Peeter_Aleksander_Speek, lk 16
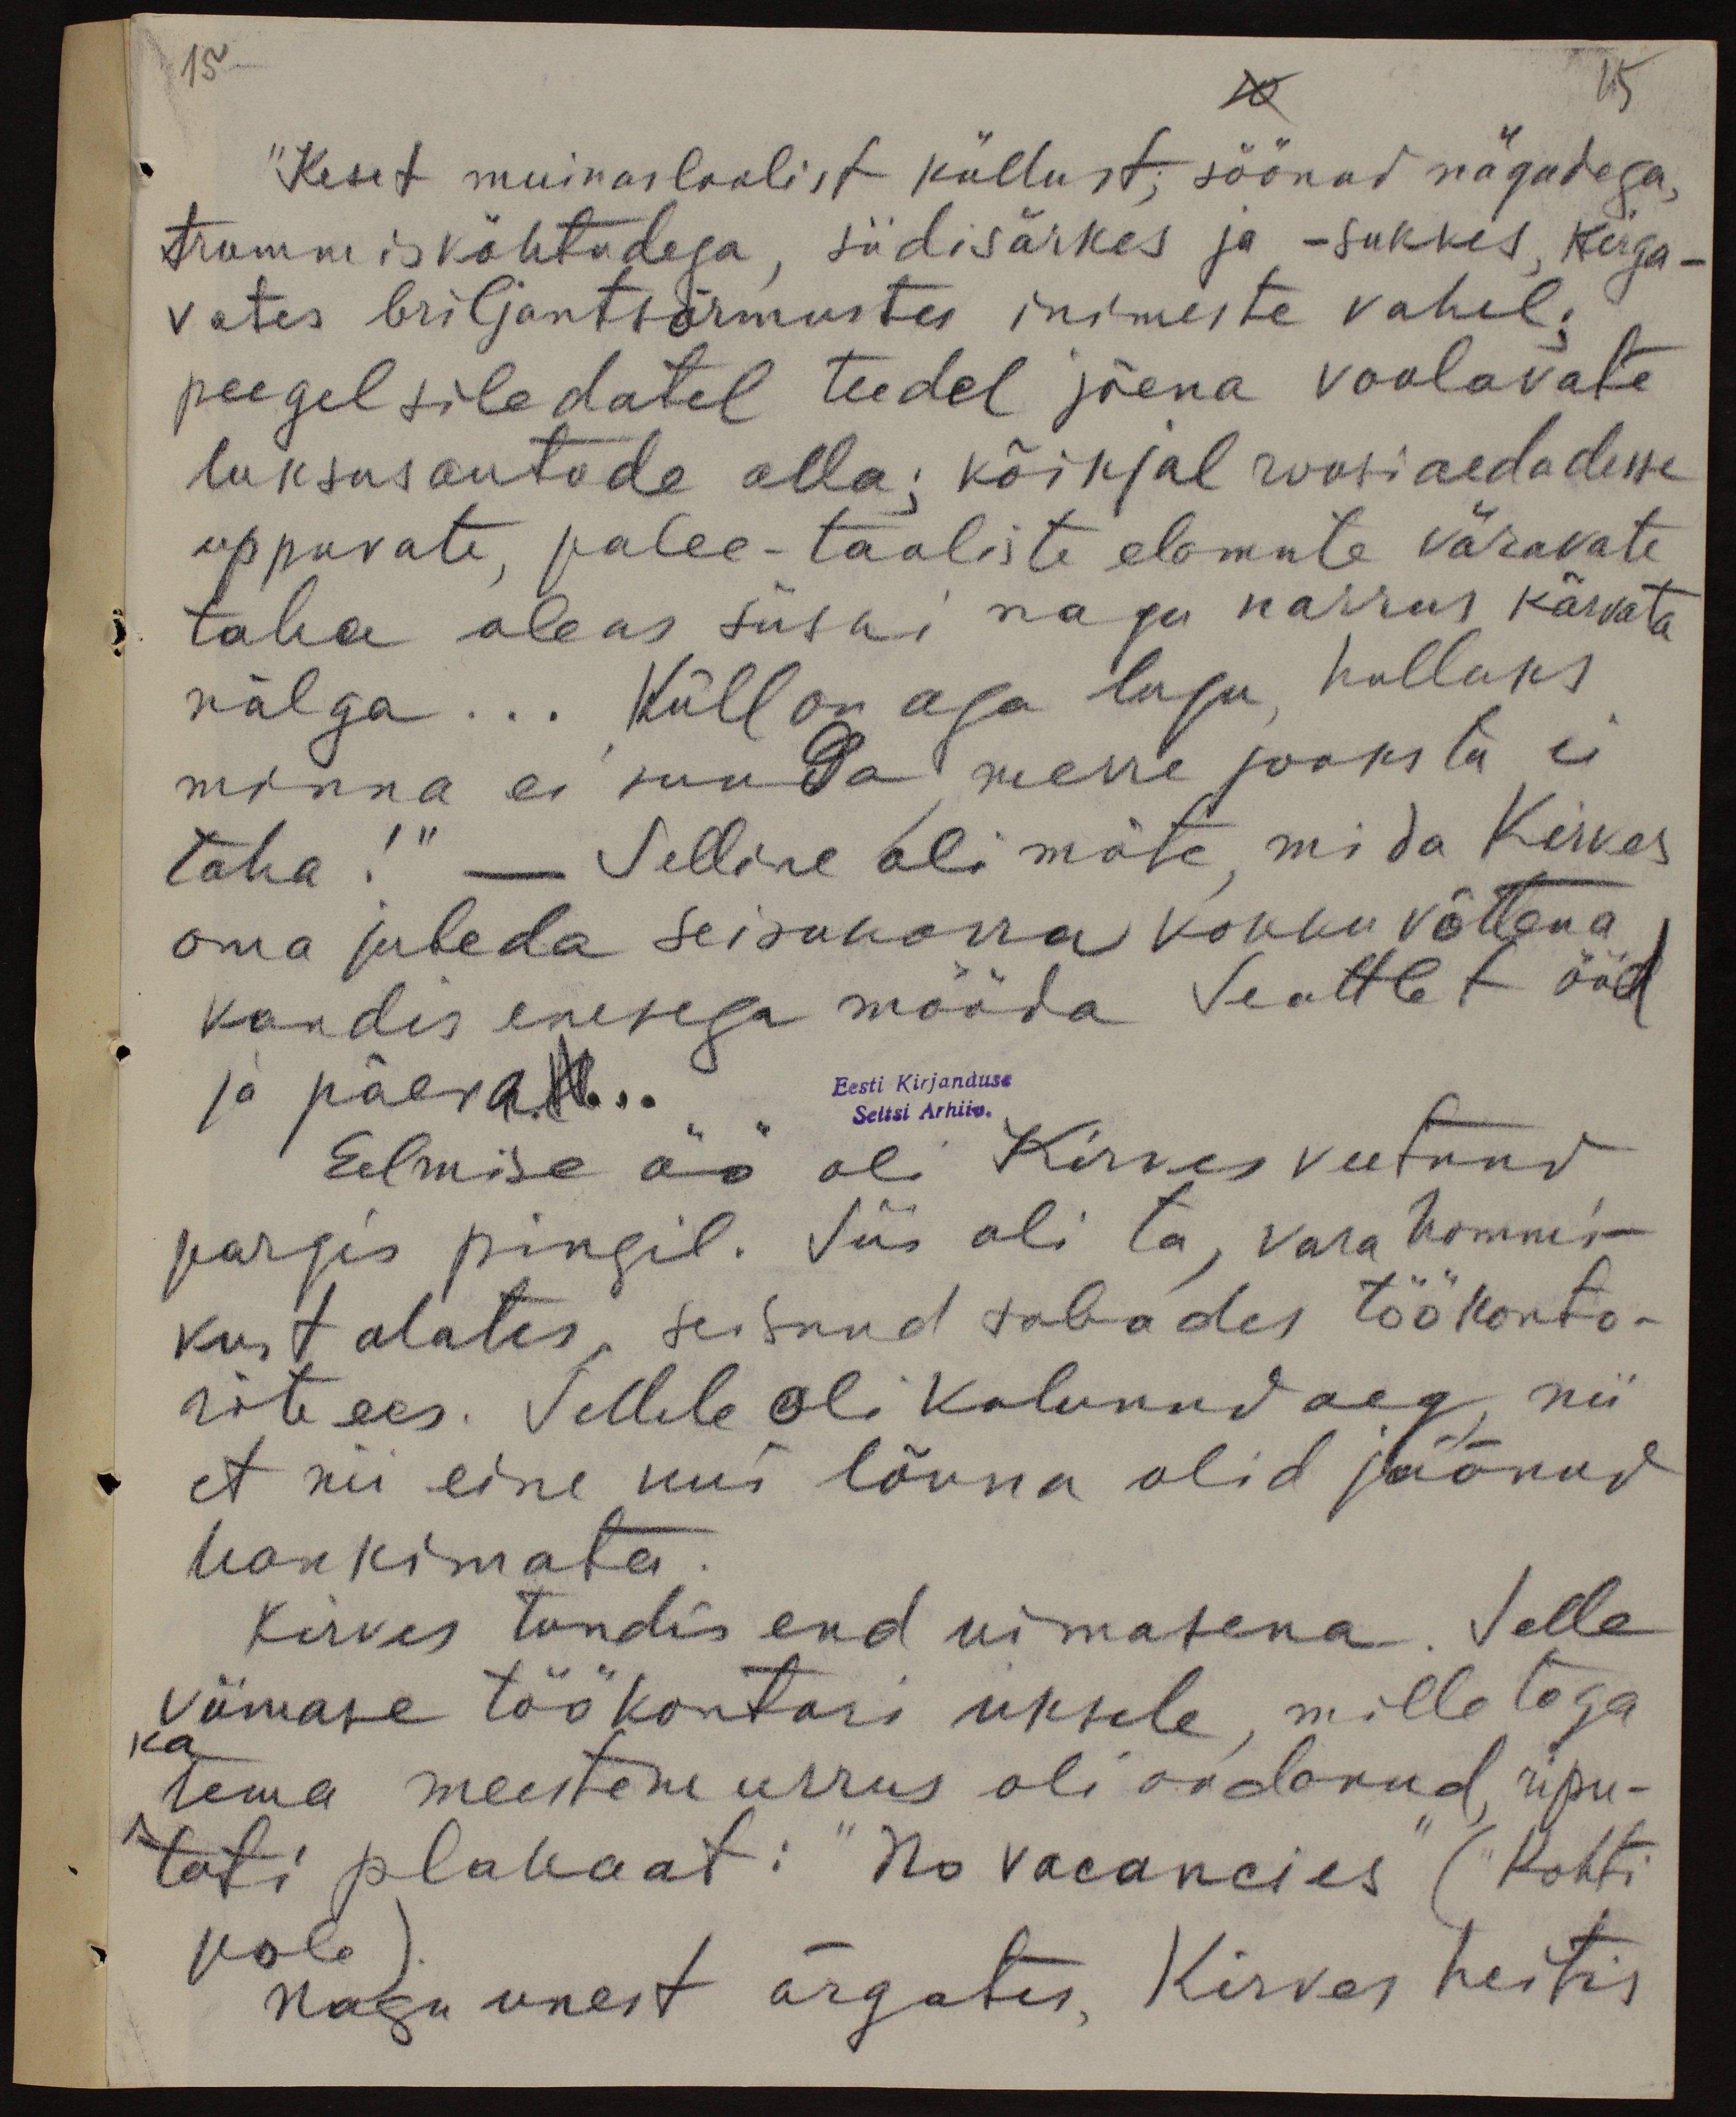
15

15

"Keset muinasloolist küllust; söönud nägudega,
trummis kõhtudega, siidisärkes ja - sukkes, kiirga-
vates briljantsõrmustes inimeste vahel;
peegelsiledatel teedel jõena voolavate
luksusautode alla; kõikjal roosiaedadesse
uppuvate, palee-taoliste elamute väravate
taha oleks siiski nagu narrus kärvata
nälga... Küll on aga lugu, hulluks
minna ei suuda, merre jooksta ei
taha!“ - Selline oli mõte, mida Kirves
oma jubeda seisukorra kokkuvõttena
kandis enesega mööda Seattlet ööd
ja päeval...
Eesti Kirjanduse
Seltsi Arhiiv.
Eelmise öö oli Kirves veetnud
pargis pingil. Siis oli ta, vara hommi-
kust alates, seisnud sabades töökonto-
rite ees. Sellele oli kulunud aeg, nii
et nii eine uus lõuna olid jäänud
hankimata.
Kirves tundis end uimasena. Selle
viimase töö kontori uksele, mille taga
ka
tema meestemurrus oli oodanud, ripu-
tati plakaat: "No vacancies" ("Kohti
pole").
nagu unest ärgates, Kirves heitis